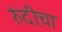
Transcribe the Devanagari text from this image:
रुंदी़चा